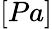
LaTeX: [Pa]